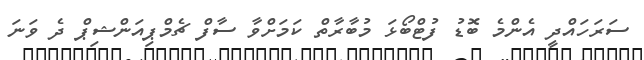
ސަރަހައްދީ އެންމެ ބޮޑު ފުޓްބޯޅަ މުބާރާތް ކަމަށްވާ ސާފް ޗެމްޕިއަންޝިޕް ދެ ވަނަ